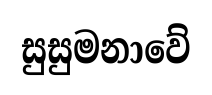
සුසුමනාවේ